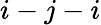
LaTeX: i-j-i